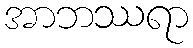
အာဘဿရာ